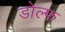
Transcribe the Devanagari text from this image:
डोल्फ